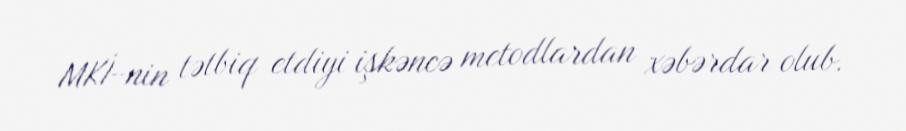
MKİ-nin tətbiq etdiyi işkəncə metodlardan xəbərdar olub.